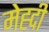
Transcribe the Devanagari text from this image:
मेह्दी